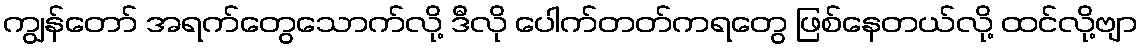
ကျွန်တော် အရက်တွေသောက်လို့ ဒီလို ပေါက်တတ်ကရတွေ ဖြစ်နေတယ်လို့ ထင်လို့ဗျာ